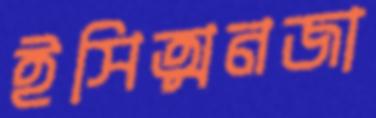
ইসিত্মনজা